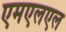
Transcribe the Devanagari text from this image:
एमएलएल